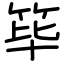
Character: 筚